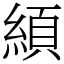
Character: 䋶